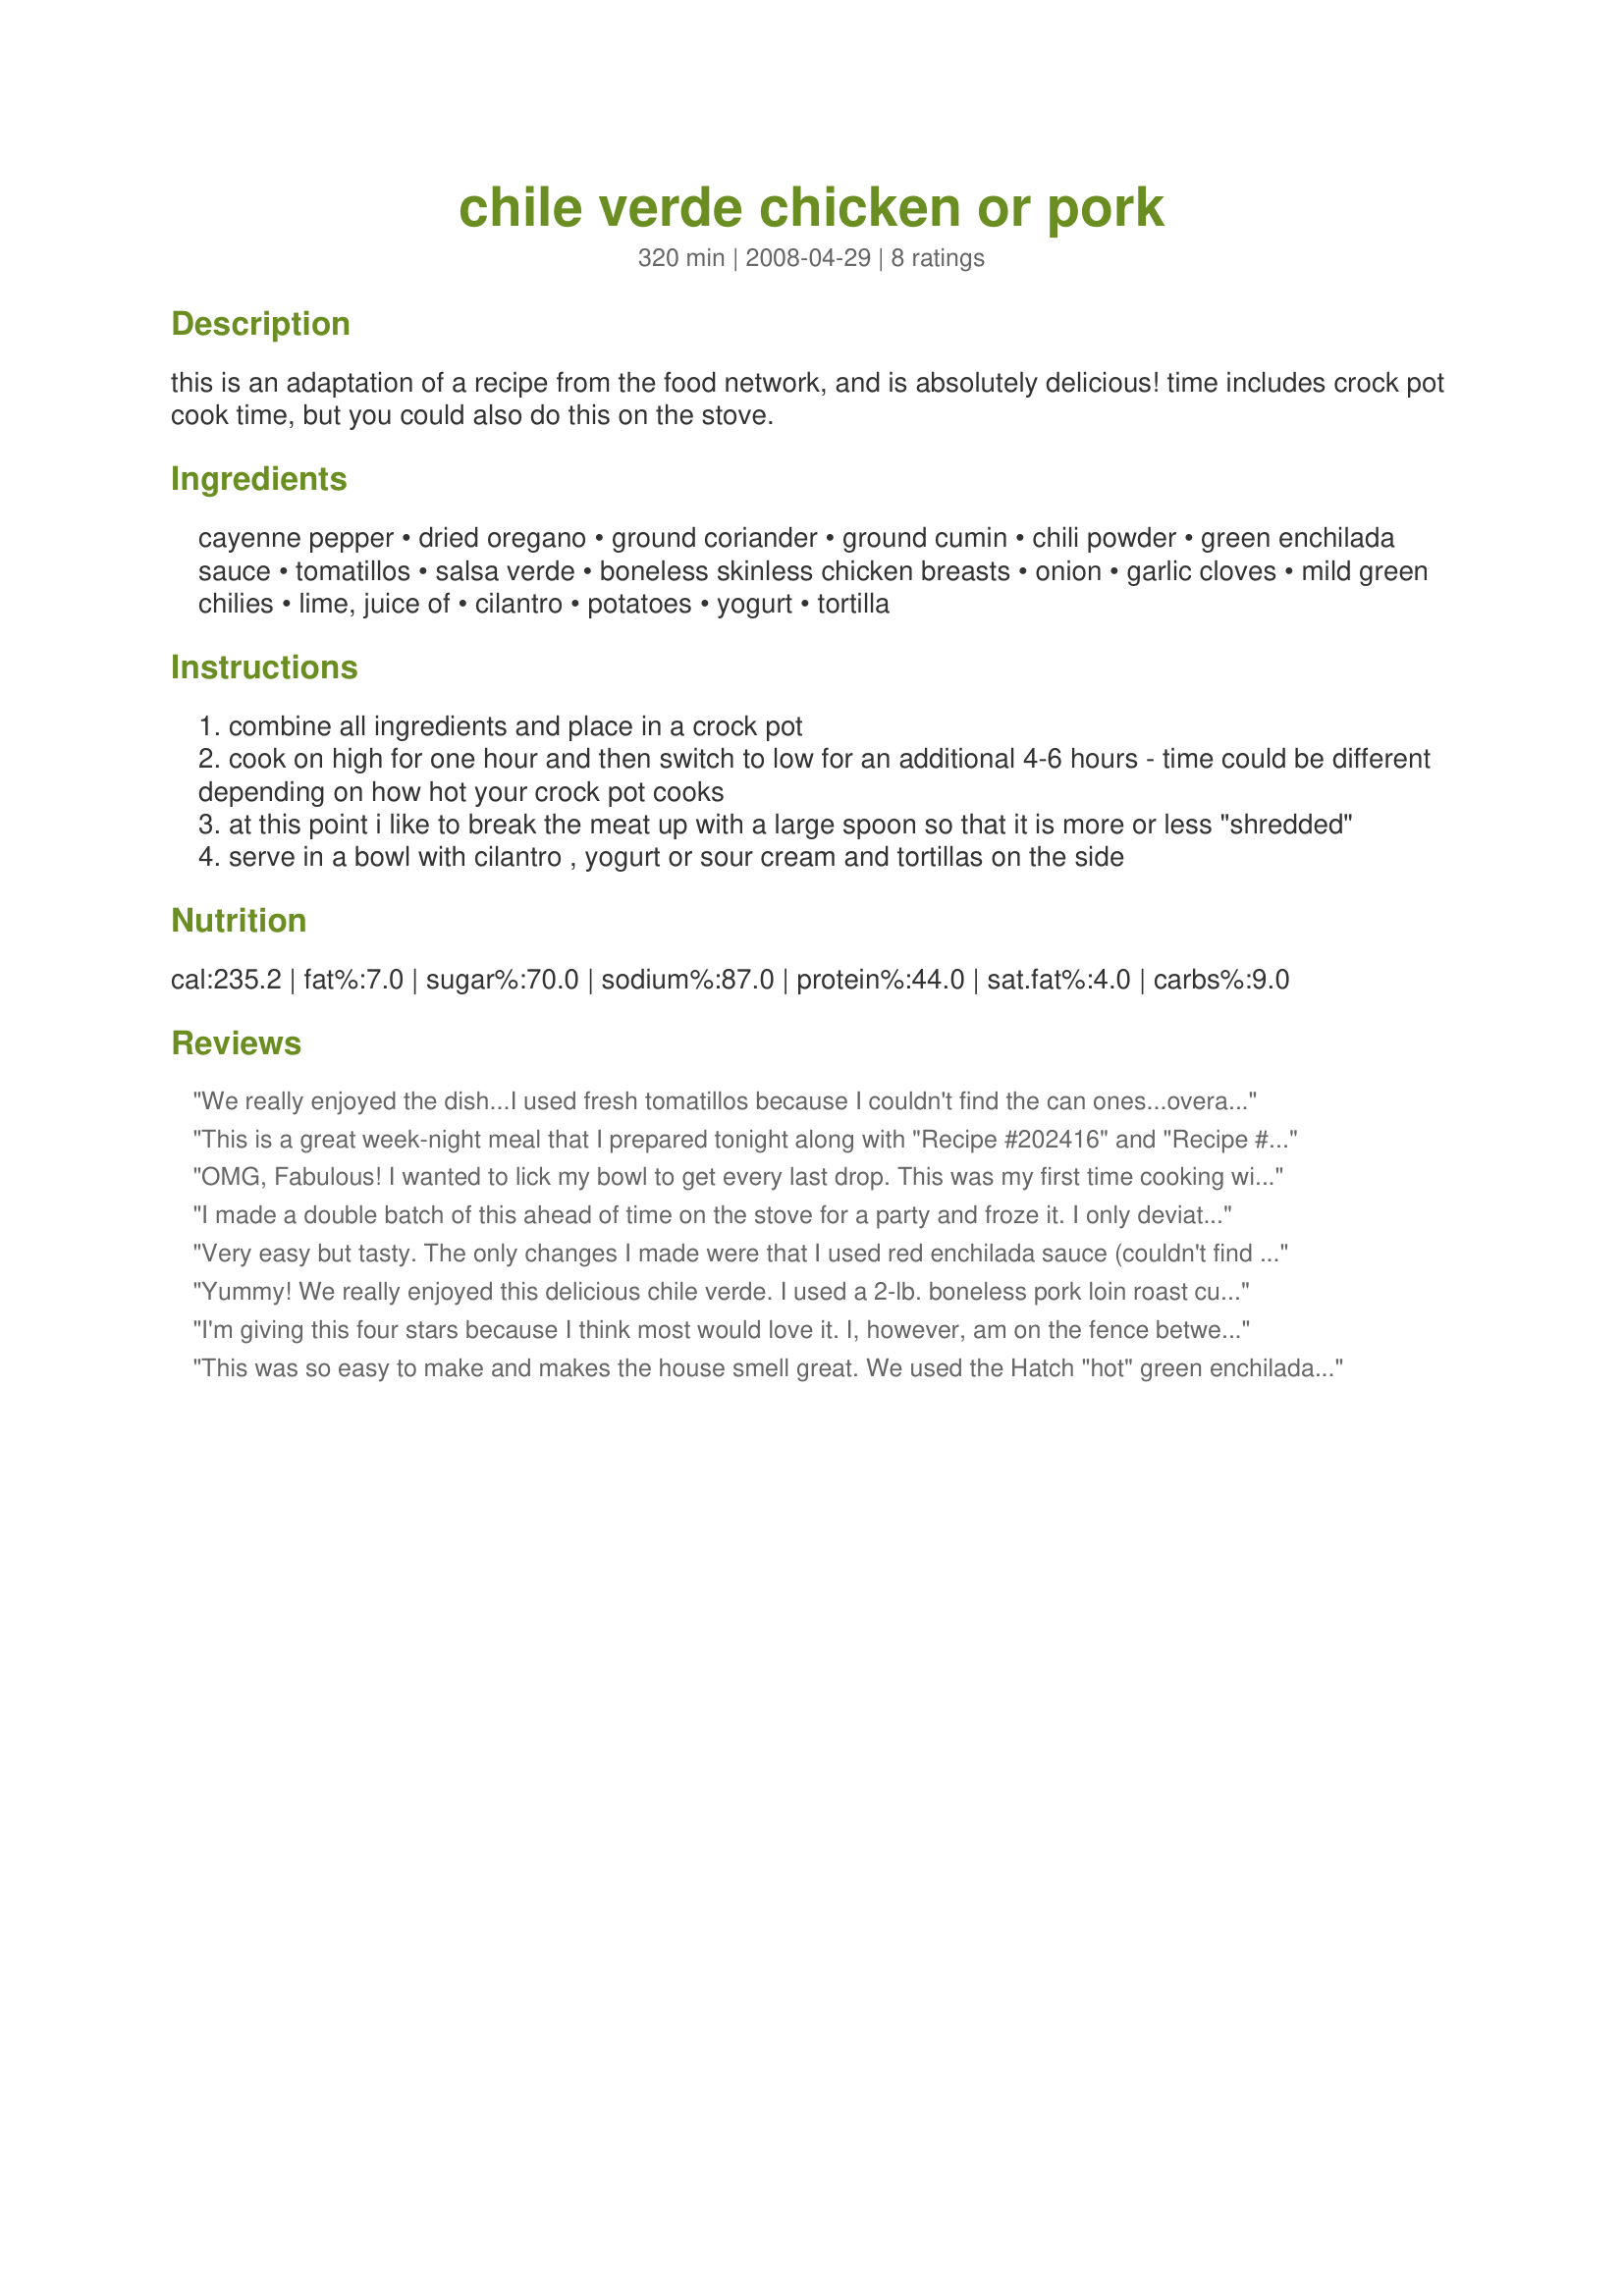
chile verde chicken or pork
Preparation time: 320 minutes

this is an adaptation of a recipe from the food network, and is absolutely delicious! time includes crock pot cook time, but you could also do this on the stove.

Ingredients:
cayenne pepper, dried oregano, ground coriander, ground cumin, chili powder, green enchilada sauce, tomatillos, salsa verde, boneless skinless chicken breasts, onion, garlic cloves, mild green chilies, lime, juice of, cilantro, potatoes, yogurt, tortilla

Steps:
combine all ingredients and place in a crock pot
cook on high for one hour and then switch to low for an additional 4-6 hours - time could be different depending on how hot your crock pot cooks
at this point i like to break the meat up with a large spoon so that it is more or less "shredded"
serve in a bowl with cilantro , yogurt or sour cream and tortillas on the side

Reviews:
We really enjoyed the dish...I used fresh tomatillos because I couldn't find the can ones...overall a really tasty chicken verde...thanks for posting the recipe...made for &quot;Down Home Cooking&quot;...
This is a great week-night meal that I prepared tonight along with "Recipe #202416" and "Recipe #136923". I used 4 large boneless chicken breasts and only 4 potatoes. It had a very mild flavor, and next time I prepare it I think I will do things a bit differently. When I take the chicken out to shred it, I will separate it from the remaining vegetables and sauce. Then, when preparing tortillas I will put a layer of chicken, a layer of vegetables (with slotted spoon), cheese, sour cream and hot salsa. Overall, it was pretty tasty!
OMG, Fabulous! I wanted to lick my bowl to get every last drop. This was my first time cooking with tomatillos, and I panicked when I could not find canned ones, but I bought 24 oz. of fresh tomatillos, removed the husks, washed, and cut in quarters -- I am no longer afraid. On a hunch I used 8 oz. of diced Hatch chilies and 7 oz. diced green chilies, which resulted in perfect heat for our 2-alarm threshold. We used chicken this round, but I hear it's even better with pork shoulder. I cooked for 15 minutes at pressure in a 6-qt. electric pressure cooker, but I'll use my 8-qt. next time to better handle the volume. This is a KEEPER!
I made a double batch of this ahead of time on the stove for a party and froze it. I only deviated from the recipe by chopping the tomatillos and using fewer potatoes. I served it over plain white rice with cheese, onions, avocados and cilantro on the side. I thought it was just delicious. The leftovers went over scrambled eggs in the morning. I&#039;m bringing this to a family sleepover next week. Pork is the best, but chicken is great too.
Very easy but tasty. The only changes I made were that I used red enchilada sauce (couldn't find green) and I used verde taco sauce instead of canned tomatillos. I also added some chopped jalapeño peppers to give it a nice kick. Make sure to trim the pork well and you'll get a nice lean meal. Will definitely be making this one again.
Yummy! We really enjoyed this delicious chile verde. I used a 2-lb. boneless pork loin roast cut into cubes and only 4 potatoes. Before serving, I did have to adjust the seasonings for our tastes. I added quite a bit more cumin and chili powder, and I also added some garlic salt and a little sugar to cut the tartness of the tomatillos. Also, I added a slurry using some masa harina and water to thicken the stew. I served this with steamed corn tortilla strips added to the stew and topped it with cilantro, sour cream, and some 4-cheese Mexican cheese blend. Delicious! The only issue I had with this recipe was that my potatoes weren&#039;t done after cooking for 1 hour on &quot;high&quot; and 6 hours on &quot;low&quot;. I had to cook an additional 2 hours on &quot;high&quot; to get them cooked. Thank you for sharing this wonderful recipe...it is definitely a keeper! **Made for the &quot;For Your Consideration&quot; tag game.
I'm giving this four stars because I think most would love it. I, however, am on the fence between "like it" and "love it." I was expecting it to be more flavorful, even after doubling the chili powder and cumin and using 5 cloves of garlic. I shared it with a coworker today for lunch and we used it as a filling to make burritos with added sour cream and salsa. After discussing what could have been changed, we agreed the recipe could handle having the spices doubled along with the garlic and replace the liquid from the tomatillos with a cup of chicken stock. In our opinion, that would give it the flavor we were looking for. Please don't get me wrong, Maito. This is a great recipe that I will certainly try again. Thanks for sharing! **Made for PRMR**
This was so easy to make and makes the house smell great. We used the Hatch "hot" green enchilada sauce but it turned out very mild after slow-cooking- this is a dish that can be loved by everyone--extremely flavorful without being spicy, so adults with chili-pepper-phobia and even kids will enjoy! This stands out from other chile verde recipes on this site because of the use of the tasty tomatillos; I used fresh tomatillos since canned don't seem to be available anywhere in Orlando. The consistency is like a soup/stew and this would be great over rice, or liquid from the cans could be reduced or omitted if using primarily as tortilla filling. Thanks for sharing in the Please Review my Recipe Game! Loved it!
